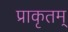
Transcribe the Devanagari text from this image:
प्राकृतम्